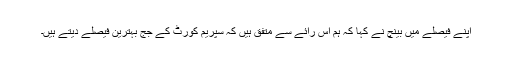
اپنے فیصلے میں بینچ نے کہا کہ ہم اس رائے سے متفق ہیں کہ سپریم کورٹ کے جج بہترین فیصلے دیتے ہیں۔